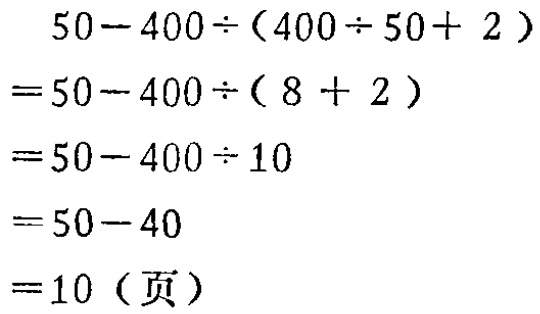
\[
\begin{align*}
&50 - 400\div(400\div50 + 2)\\
=&50 - 400\div(8 + 2)\\
=&50 - 400\div10\\
=&50 - 40\\
=&10 (\text{页})
\end{align*}
\]